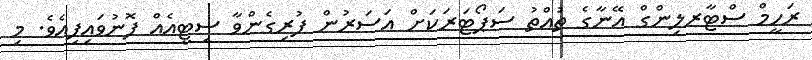
ރަހީމް ސްޓާރލިންގް އޭނާގެ ތުއްތު ސަޕޯޓަރަކަށް އަސަރުން ފުރިގެންވާ ސިޓީއެއް ފޮނުވައިފިއެވެ. މި